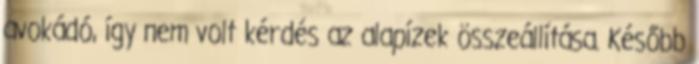
avokádó, így nem volt kérdés az alapízek összeállítása. Később